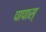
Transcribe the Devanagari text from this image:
पापास्